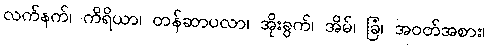
လက်နက်၊ ကိရိယာ၊ တန်ဆာပလာ၊ အိုးခွက်၊ အိမ်၊ ခြံ၊ အဝတ်အစား၊